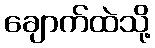
ချောက်ထဲသို့